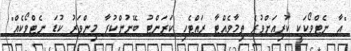
"އާ ނެޓްވޯކަކީ ކުރިއަށްވުރެ ތިމާވެއްޓާ ރައްޓެހި ކަރަންޓު ބޭނުންކުރާ މިންވަރު ކުޑަ ނެޓްވޯކެއް"